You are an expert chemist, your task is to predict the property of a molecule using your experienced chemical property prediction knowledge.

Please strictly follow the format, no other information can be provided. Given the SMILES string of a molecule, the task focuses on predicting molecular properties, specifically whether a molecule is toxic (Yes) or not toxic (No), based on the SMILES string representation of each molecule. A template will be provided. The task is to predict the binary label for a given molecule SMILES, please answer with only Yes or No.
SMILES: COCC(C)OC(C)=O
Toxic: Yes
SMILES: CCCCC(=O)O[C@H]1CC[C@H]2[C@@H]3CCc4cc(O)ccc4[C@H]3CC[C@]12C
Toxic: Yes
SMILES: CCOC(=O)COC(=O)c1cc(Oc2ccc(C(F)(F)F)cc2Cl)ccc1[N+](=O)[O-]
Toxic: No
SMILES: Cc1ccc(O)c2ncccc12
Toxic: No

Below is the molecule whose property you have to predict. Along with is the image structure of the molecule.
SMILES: OC1OC[C@@H](O)[C@H](O)[C@@H]1O
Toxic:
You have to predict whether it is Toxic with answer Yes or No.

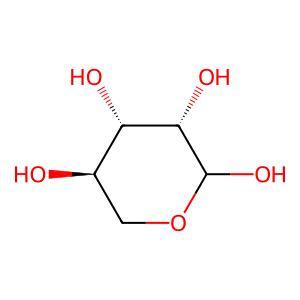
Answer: No